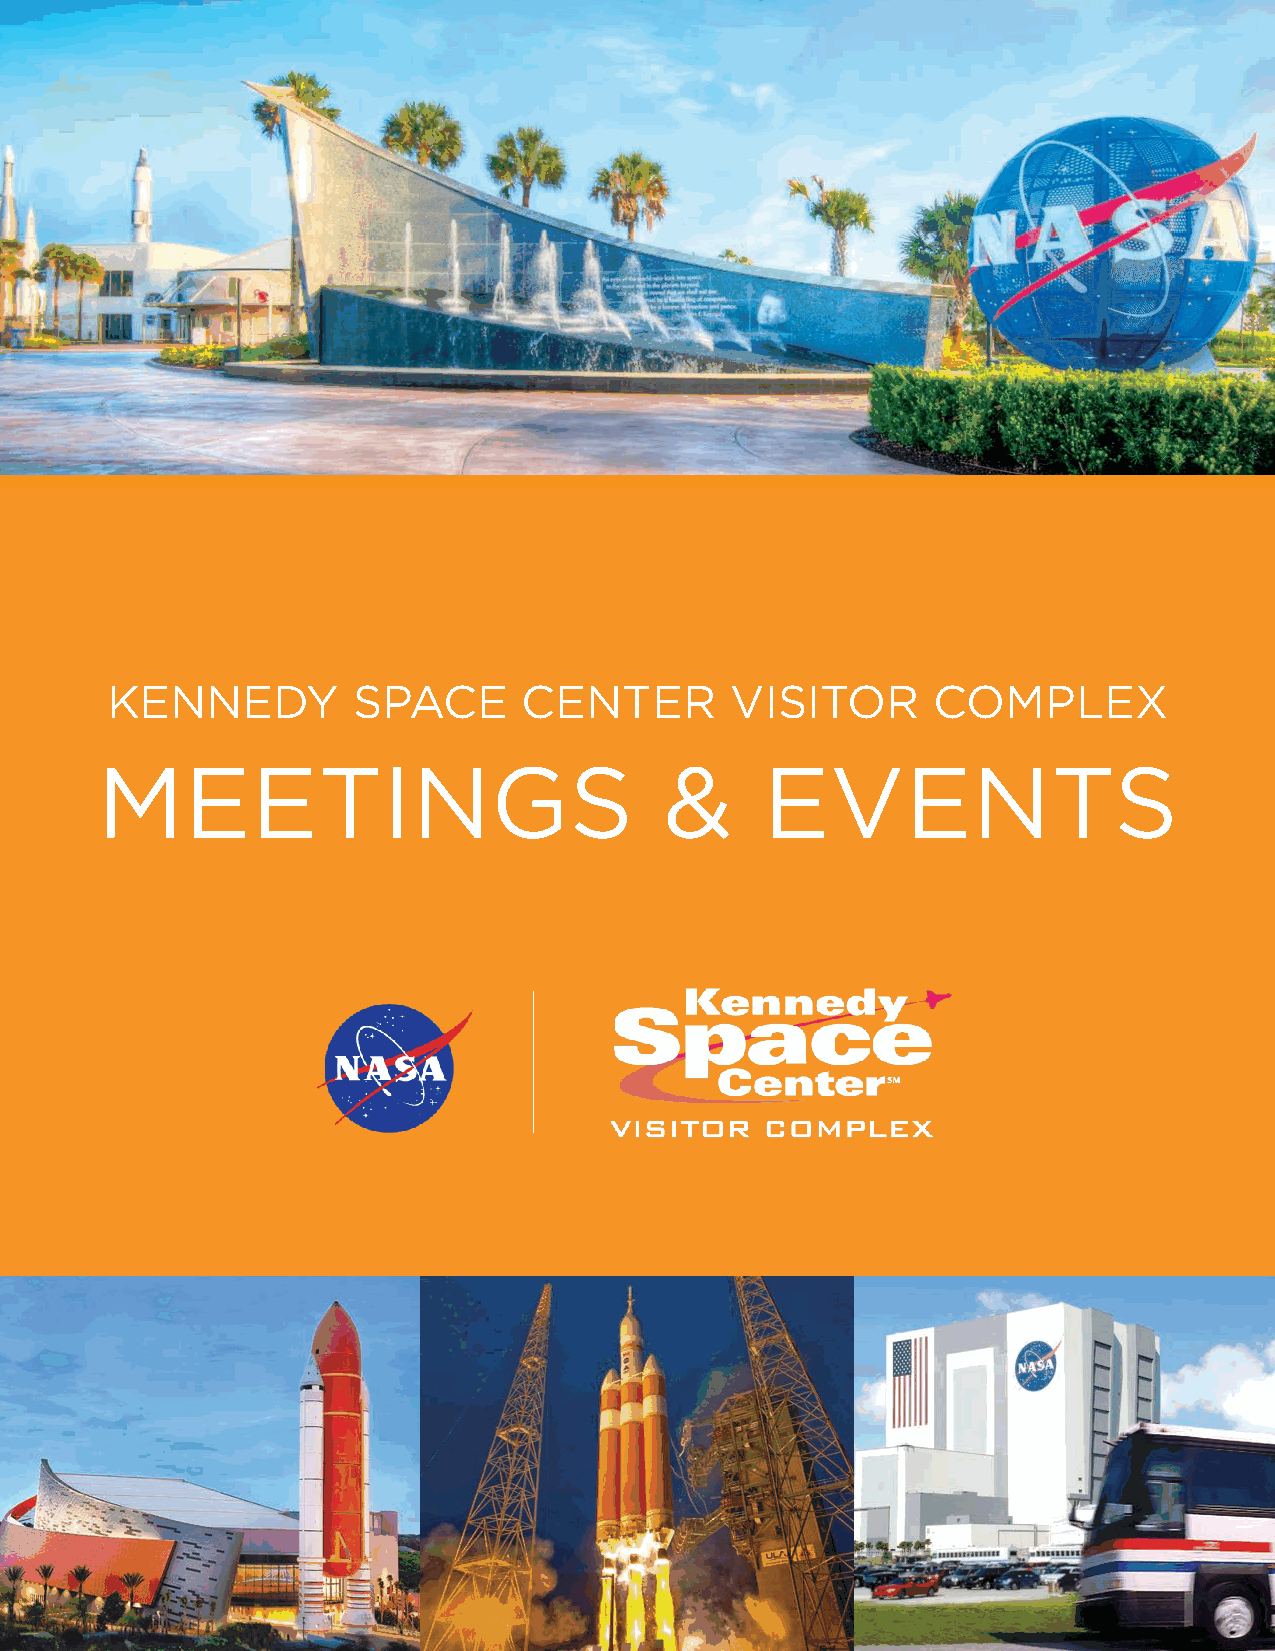
KKEENNNNEEDDYY   S SPPAACCEE C CEENNTTEERR VVIISSIITTOORR CCOOMMPPLLEEXX
 MEETINGS                             &        EVENTS
 MEETINGS                              &     EVENTS